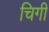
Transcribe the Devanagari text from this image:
चिगी